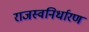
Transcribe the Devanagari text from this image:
राजस्वनिर्धारण